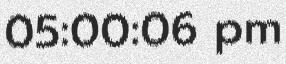
05:00:06 pm